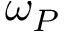
\omega _ { P }